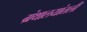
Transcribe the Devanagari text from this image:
ग्रंथालयांतली